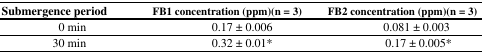
<table><thead><tr><td><b>Submergence period</b></td><td><b>FB1 concentration (ppm)(n = 3)</b></td><td><b>FB2 concentration (ppm)(n = 3)</b></td></tr></thead><tbody><tr><td>0 min</td><td>0.17 ± 0.006</td><td>0.081 ± 0.003</td></tr><tr><td>30 min</td><td>0.32 ± 0.01*</td><td>0.17 ± 0.005*</td></tr></tbody></table>